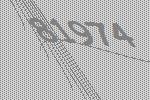
81974